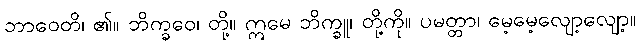
ဘာဝေတိ၊ ၏။ ဘိက္ခဝေ၊ တို့။ ဣမေ ဘိက္ခူ၊ တို့ကို။ ပမတ္တာ၊ မေ့မေ့လျော့လျော့။